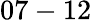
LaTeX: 07-12